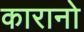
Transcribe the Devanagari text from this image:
कारानो